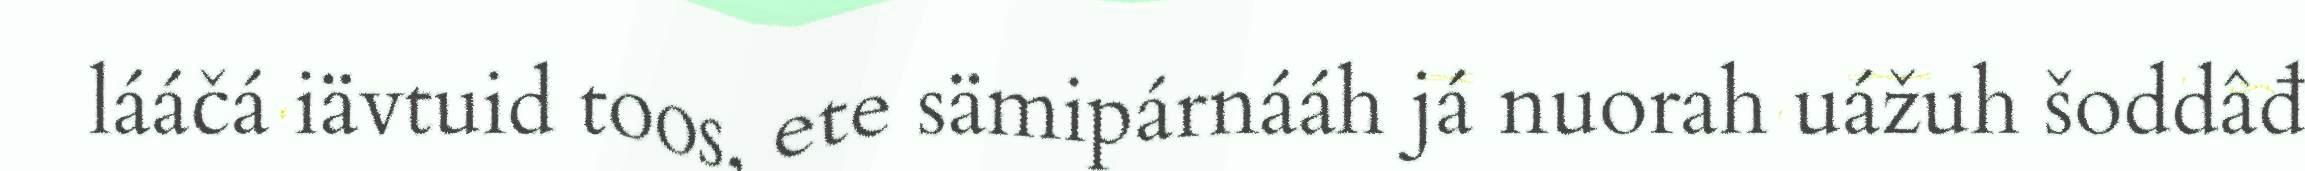
lááčá iävtuid toos, ete sämipárnááh já nuorah uážuh šoddâđ